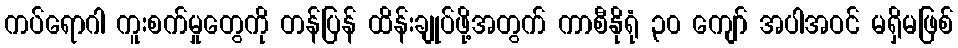
ကပ်ရောဂါ ကူးစက်မှုတွေကို တန်ပြန် ထိန်းချုပ်ဖို့အတွက် ကာစီနိုရုံ ၃၀ ကျော် အပါအဝင် မရှိမဖြစ်